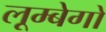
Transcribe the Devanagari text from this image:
लूम्बेगो